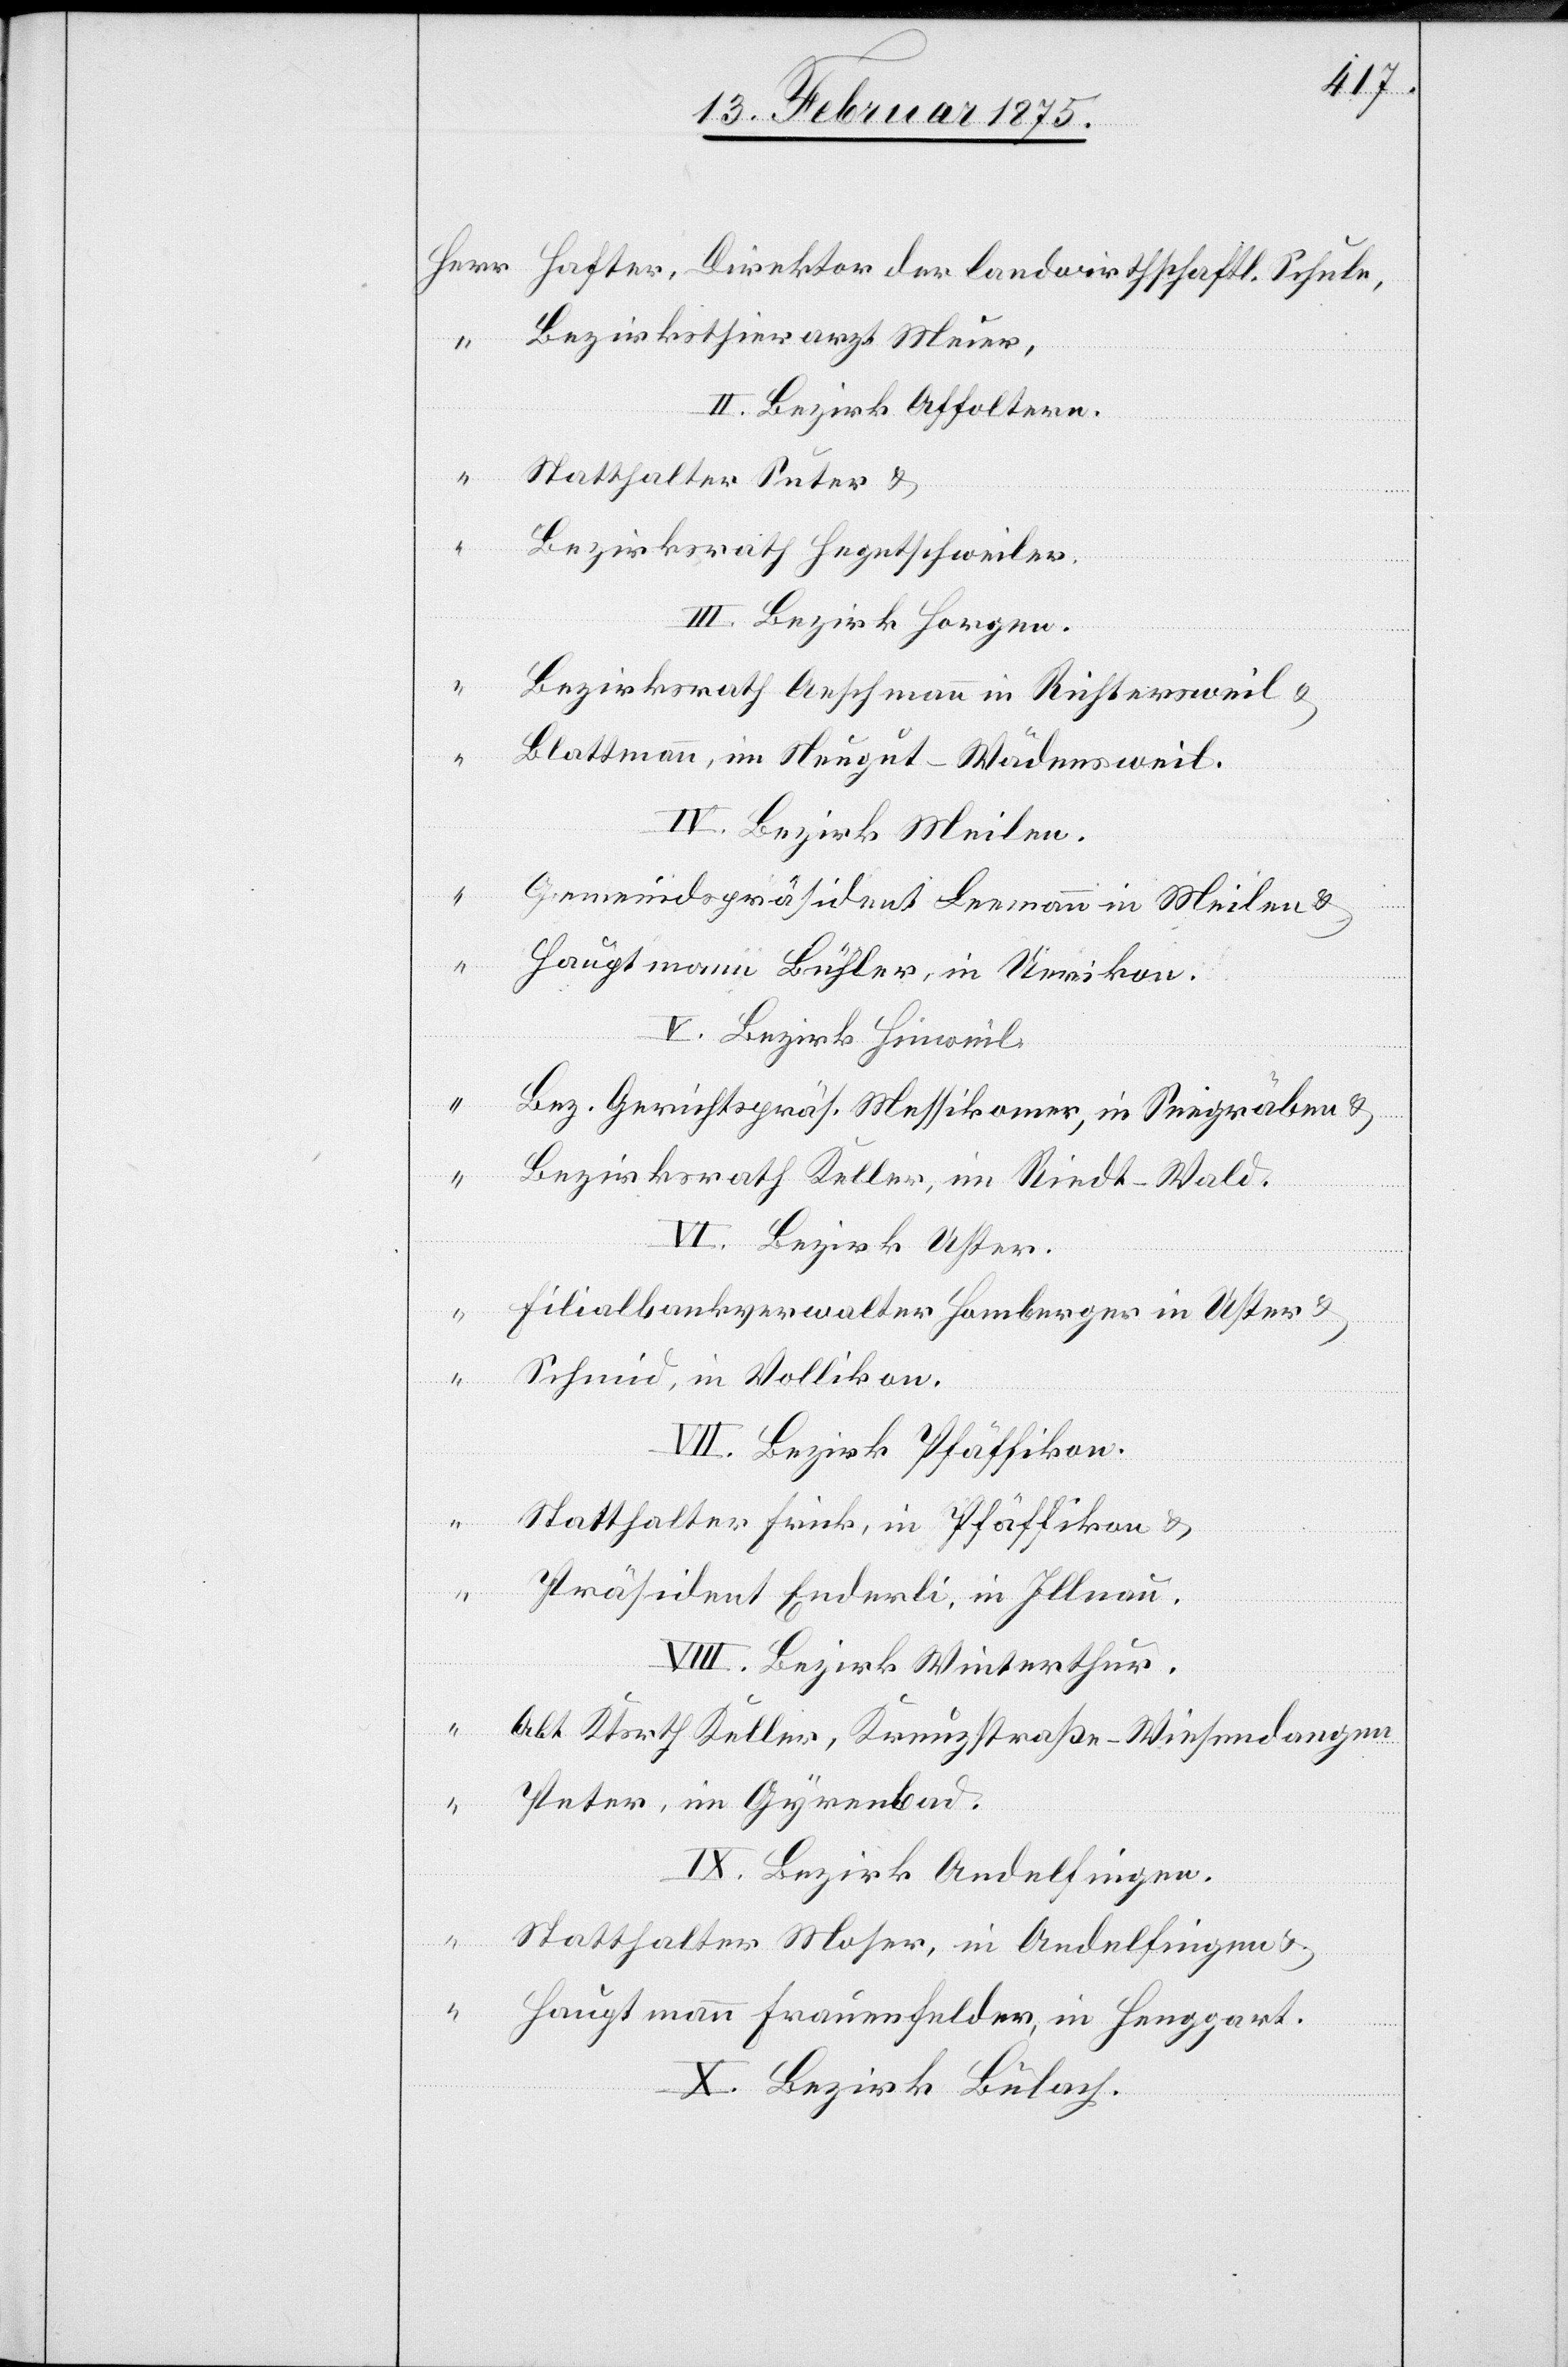
Herr 	Hafter, Direktor der landwirthschaftl. Schule,
“	Bezirksthierarzt Meier,
II. Bezirk Affoltern.
“	Statthalter Suter u.
“	Bezirksrath Hegetschweiler.
III. Bezirk Horgen.
[Her¬
“	Bezirksrath Aeschmann in Richtersweil u.
“	Blattmann, im Neugut - Wädensweil.
IV. Bezirk Meilen.
“	Gemeindspräsident Leemann in Meilen u.
“	Hauptmann Bühler, in Uerikon.
V. Bezirk Hinweil.
“	Bez. Gerichtspräs. Messikomer, in Seegräben u.
“	Bezirksrath Keller im Riedt - Wal¬
VI. Bezirk Uster.
“	F¬
ilialbankverwalter Homberger in Uster u.
“	Schmid in Vollikon.
VII. Bezirk Pfäffikon
d.
“	Statthalter Frick, in Pfäffikon u.
“	Präsident Enderli, in Illnau.
VIII. Bezirk Winterthur.
“	Alt Ktsrth Keller, Kreuzstraße - Wiesendangen
r]	Peter, im Gyrenbad.
IX. Bezirk Andelfingen.
“	Statthalter Moser, in Andelfingen u.
“	Hauptmann Frauenfelder, in Henggart.
X. Bezirk Bülach